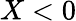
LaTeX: X<0